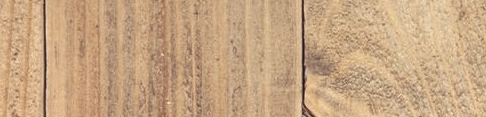
UnderNewMgmt